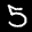
Label: 5